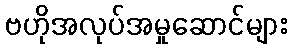
ဗဟိုအလုပ်အမှုဆောင်များ